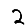
Digit: 2